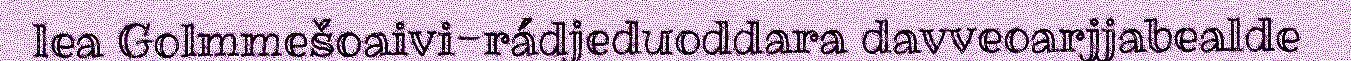
lea Golmmešoaivi-rádjeduoddara davveoarjjabealde